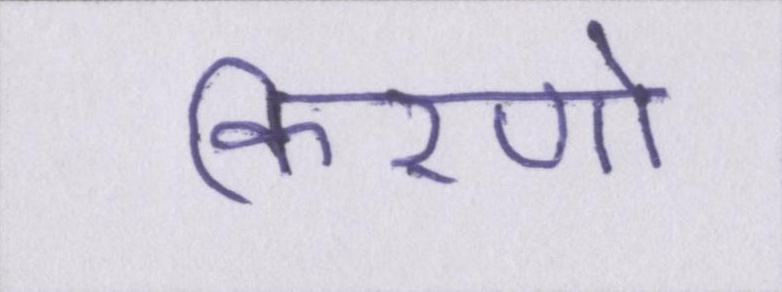
किरणो